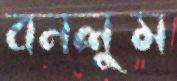
বনলুম